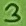
Text: 3